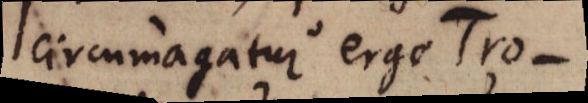
circumagatur ergo Tro-